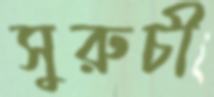
সুরুচী